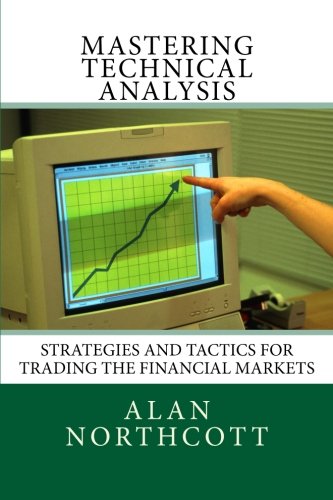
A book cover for Mastering Technical Analysis: Strategies and Tactics for Trading the Financial Markets; Alan Northcott; Business & Money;